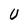
Character: U